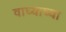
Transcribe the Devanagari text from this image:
वाघ्याच्या